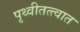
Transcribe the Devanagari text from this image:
पृथ्वीतत्त्वात